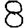
Digit: 8